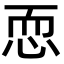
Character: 恧